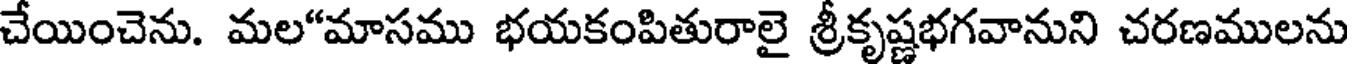
చేయించెను. మల"మాసము భయకంపితురాలై శ్రీకృష్ణభగవానుని చరణములను